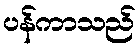
ပန်ကာသည်